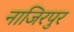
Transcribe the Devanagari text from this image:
नाजिरपुर